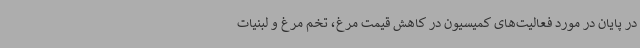
در پایان در مورد فعالیت‌های کمیسیون در کاهش قیمت مرغ، تخم مرغ و لبنیات